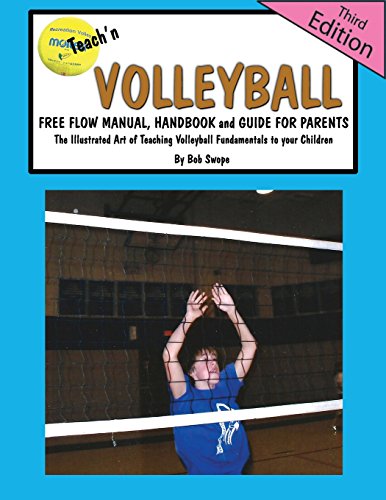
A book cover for Teach'n Volleyball Free Flow Manual, Handbook and Guide for Parents- 3rd Edition; Bob Swope; Sports & Outdoors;